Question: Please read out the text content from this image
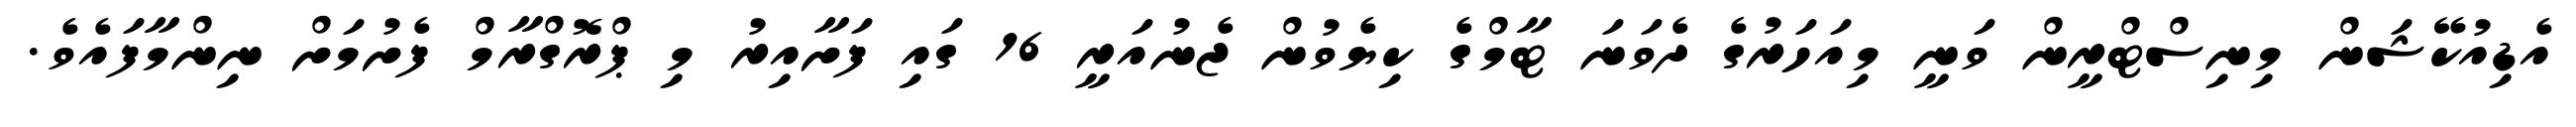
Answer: އެޑިއުކޭޝަން މިނިސްޓްރީން ވަނީ މިއަހަރުގެ ދެވަނަ ޓާމްގެ ކިޔެވުން ޖެނުއަރީ 16 ގައި ފަށާއިރު މި ޕްރޮގްރާމް ފެށުމަށް ނިންމާފައެވެ.